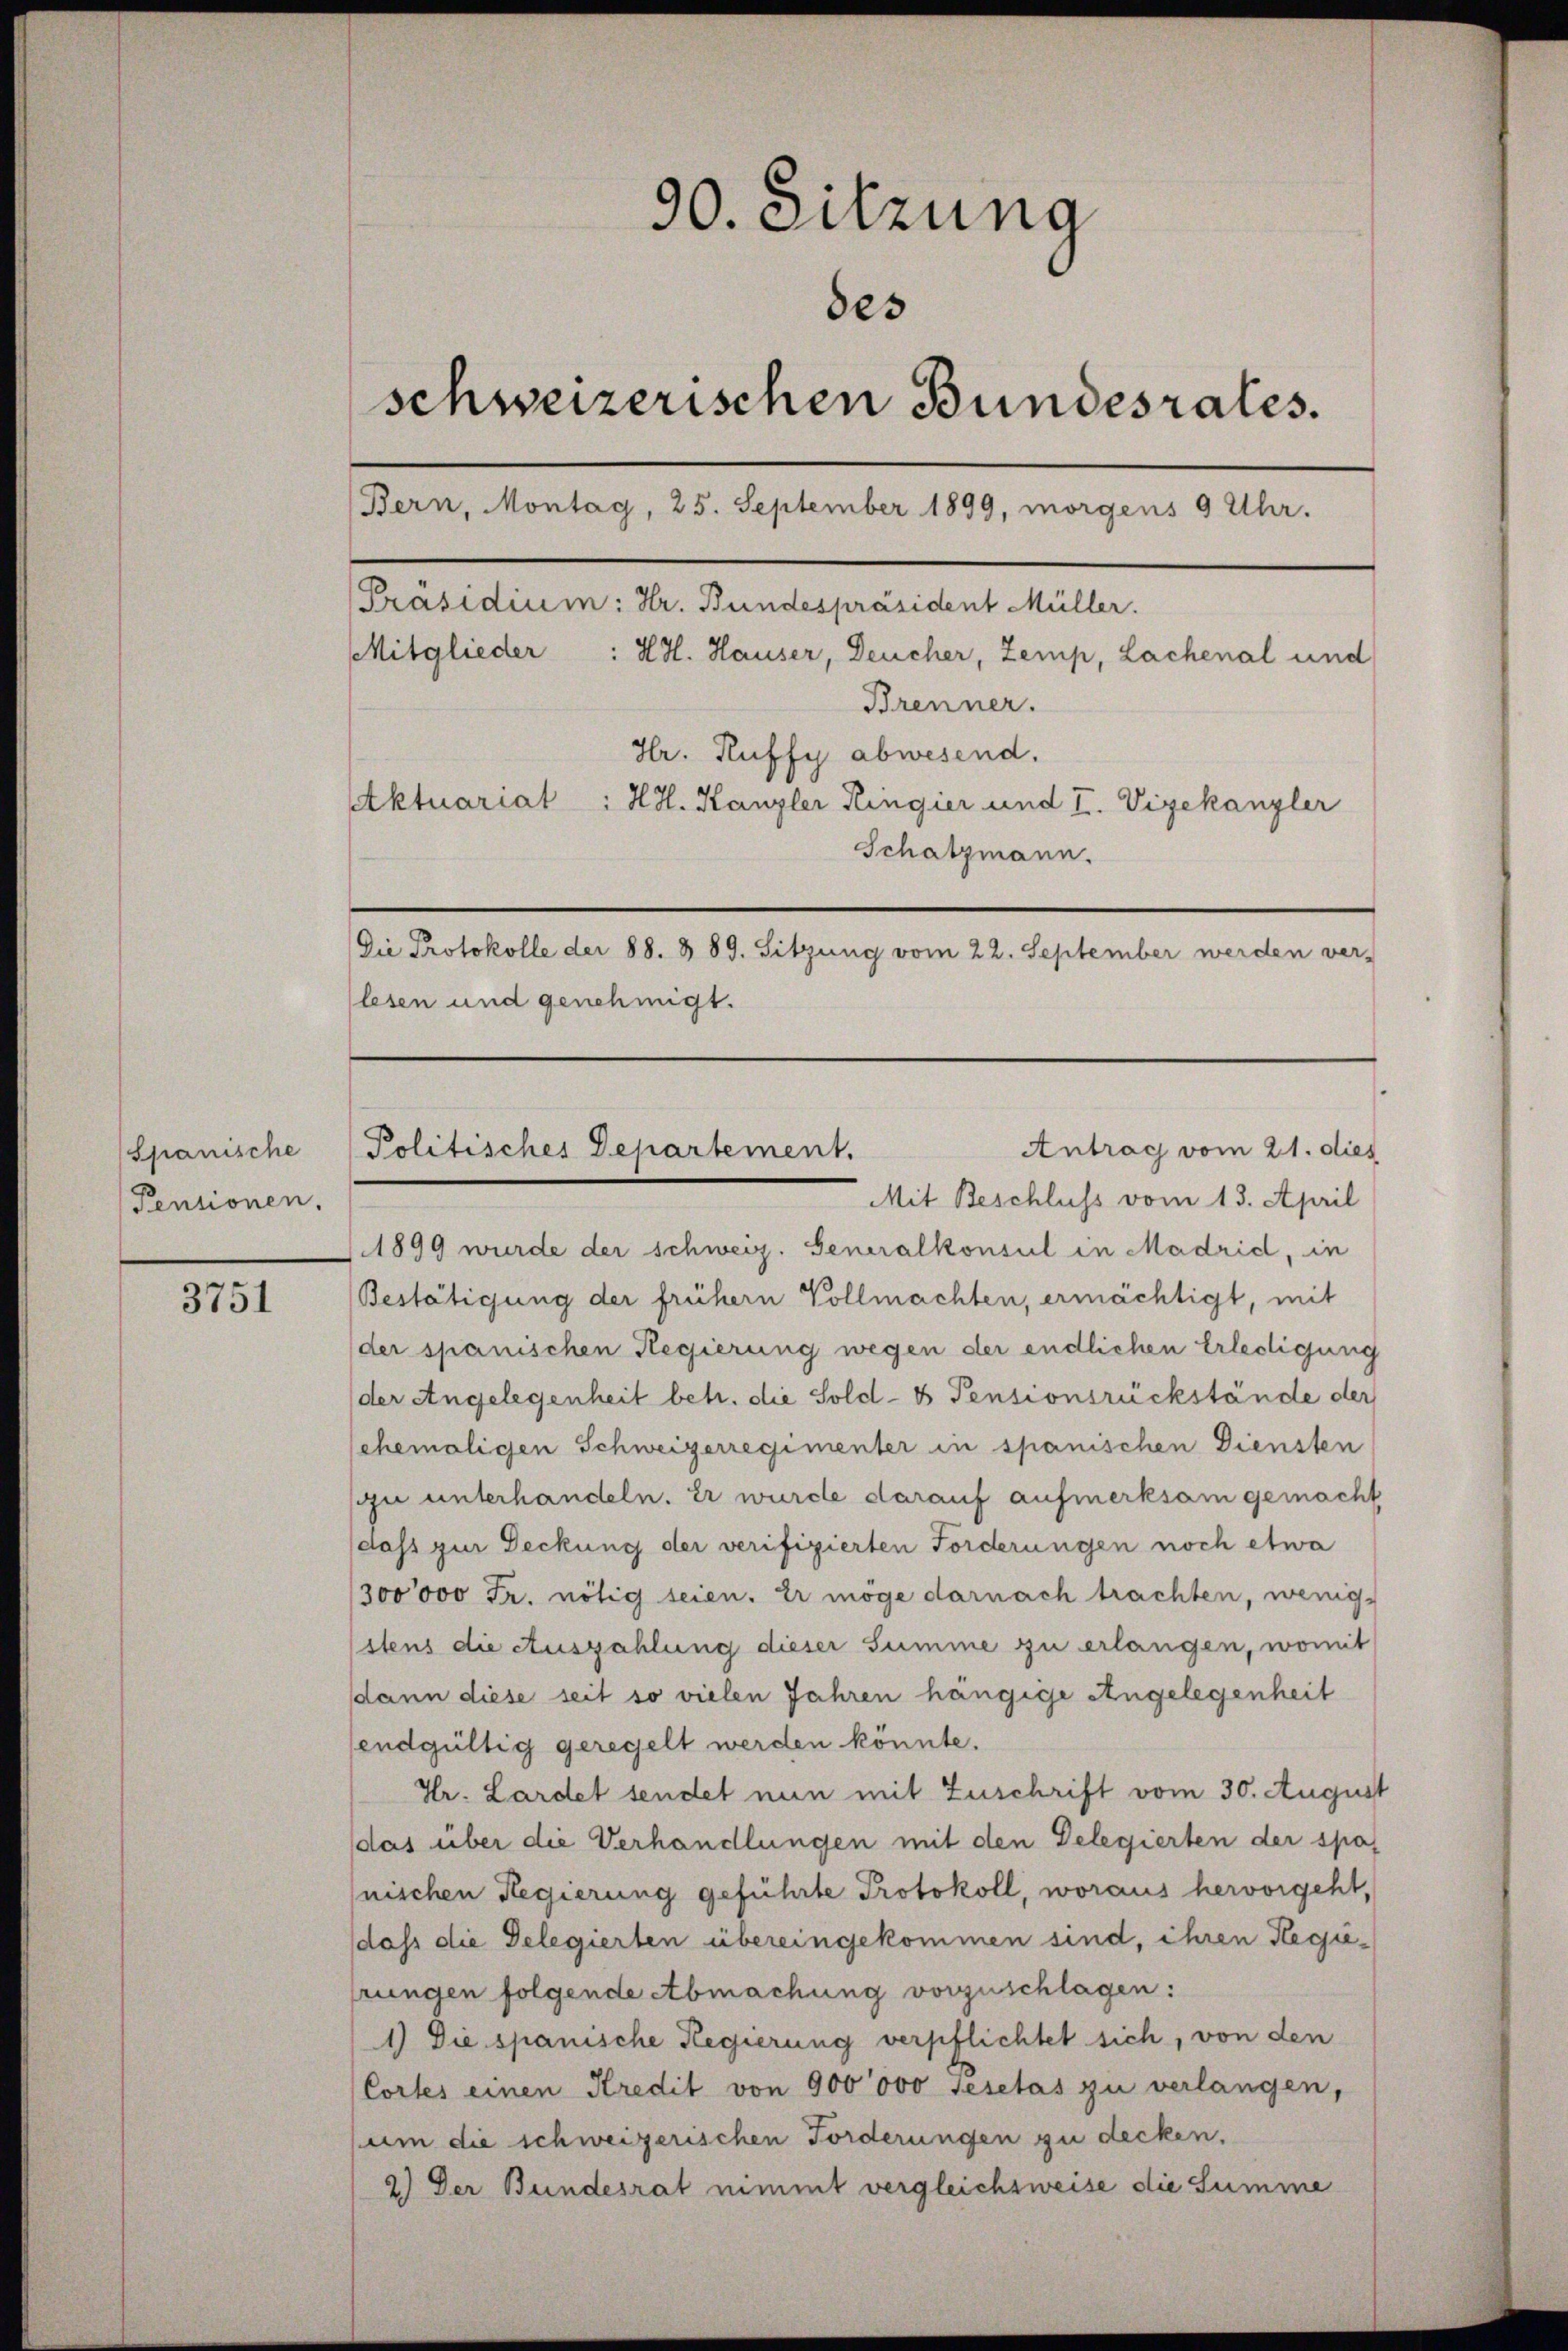
Spanische
Pensionen.

3751

90. Sitzung
des
schweizerischen Bundesrates.
Bern, Montag, 25. September 1899, morgens 9 Uhr.
[Präsidium: Hr. Bundespräsident Müller.
Mitglieder : HH. Hauser, Deucher, Zemp, Lachenal und
Brenner.
Hr. Ruffy abwesend.
Aktuariat : HH. Kanzler Ringier und I. Vizekanzler
Schatzmann.
Die Protokolle der 88. § 89. Sitzung vom 22. September werden ver-
lesen und genehmigt.

Antrag vom 21. dies
Politisches Departement.
Mit Beschluss vom 13. April

1899 wurde der schweiz. Generalkonsul in Madrid, in
Bestätigung der frühern Vollmachten, ermächtigt, mit
der spanischen Regierung wegen der endlichen Erledigung
der Angelegenheit betr. die Sold- & Pensionsrückstände der
ehemaligen Schweizerregimenter in spanischen Diensten
u unterhandeln. Er wurde darauf aufmerksam gemacht
dass zur Deckung der verifizierten Forderungen noch etwa
300000 Fr. nötig seien. Er möge darnach trachten, wenigitens die Auszahlung dieser Summe zu erlangen, womit
sdann diese seit so vielen Jahren hängige Angelegenheit
endgültig geregelt werden könnte.
Hr. Lardet sendet nun mit Zuschrift vom 30. August
das über die Verhandlungen mit den Delegierten der spas
nischen Regierung geführte Protokoll, woraus hervorgeht,
dass die Delegierten übereingekommen sind, ihren Regierungen folgende Abmachung vorzuschlagen:
1) Die spanische Regierung verpflichtet sich, von den
Cortes einen Kredit von 900000 Gesetas zu verlangen,
um die schweizerischen Forderungen zu decken.
2.) Der Bundesrat nimmt vergleichsweise die Summe